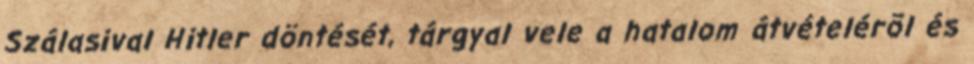
Szálasival Hitler döntését, tárgyal vele a hatalom átvételérõl és